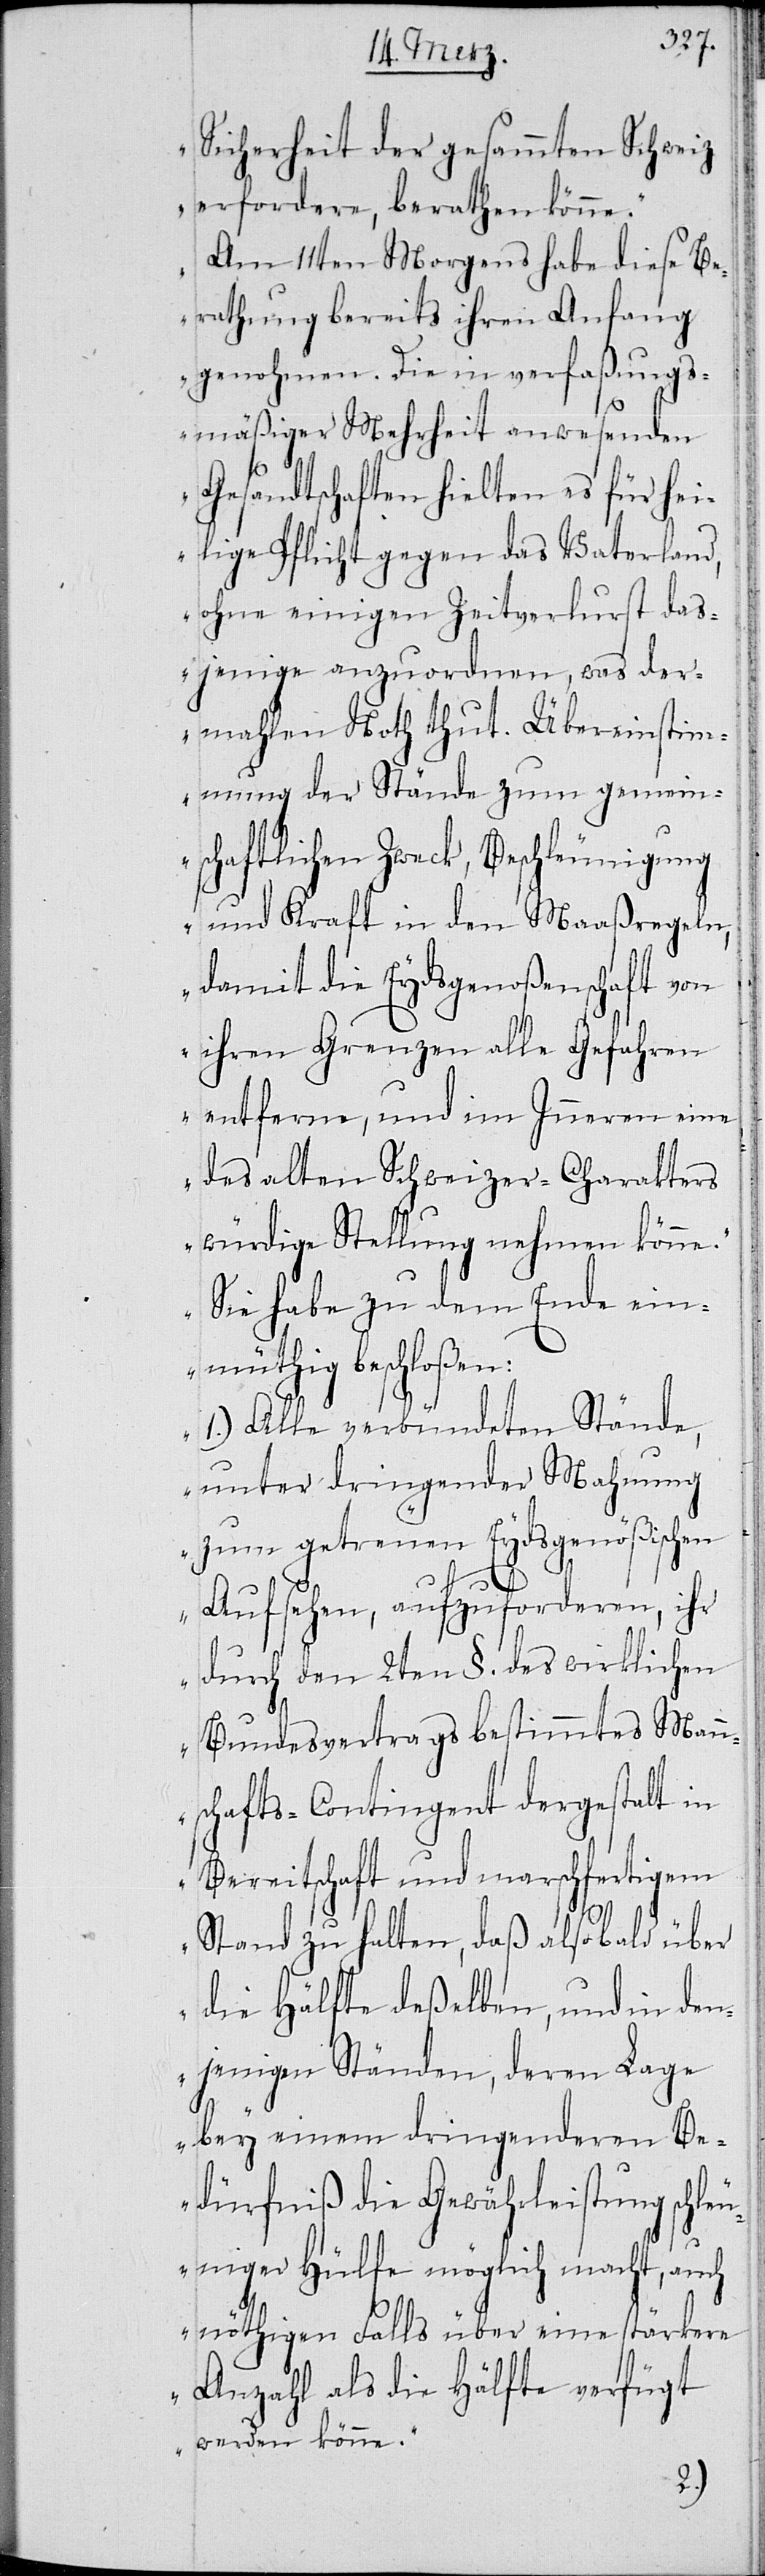
Sicherheit der gesammten Schweiz
erfordere, berathen könne.
Am 11ten Morgens habe diese Be¬
rathung bereits ihren Anfang
genohmen. Die in verfaßungs¬
mäßiger Mehrheit anwesenden
Gesandtschaften hielten es für hei¬
lige Pflicht gegen das Vaterland,
ohne einigen Zeitverlurst
dasjenige anzuordnen, was der¬
mahlen Noth thut. Übereinstim¬
mung der Stände zum gemein¬
schaftlichen Zweck, Beschleunigung
und Kraft in den Maaßregeln,
damit die Eydsgenoßenschaft von
ihren Grenzen alle Gefahren
entferne, und im Inneren eine
des alten Schweizer-Charakters
würdige Stellung nehmen könne.
Sie habe zu dem Ende ein¬
müthig beschloßen:
1.) Alle verbündeten Stände,
unter dringender Mahnung
zum getreuen Eydsgenößischen
Aufsehen, anzuforderen, ihr
durch den 2ten §. des wirklichen
Bundesvertrags bestimmtes Mann¬
schafts-Contingent dergestalt in
Bereitschaft und marschfertigem
Stand zu halten, daß alsobald über
die Hälfte deßelben, und in den¬
jenigen Ständen, deren Lage
bey einem dringenden Be¬
dürfniß die Gewährleistung schle¬
uniger Hülfe möglich macht, auch
nöthigen Falls über eine stärkere
Anzahl als die Hälfte verfügt
werden könne.